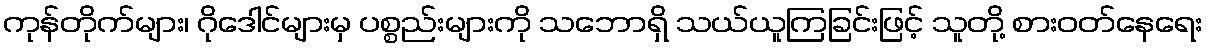
ကုန်တိုက်များ၊ ဂိုဒေါင်များမှ ပစ္စည်းများကို သဘောရှိ သယ်ယူကြခြင်းဖြင့် သူတို့ စားဝတ်နေရေး